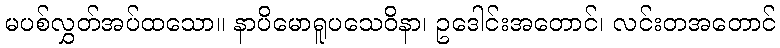
မပစ်လွှတ်အပ်ထသော။ နာပိမောရူပသေဝိနာ၊ ဥဒေါင်းအတောင်၊ လင်းတအတောင်